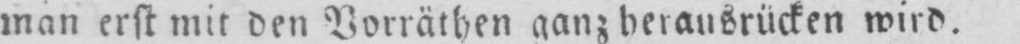
man erst mit den Vorräthen ganz herausrücken wird.